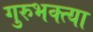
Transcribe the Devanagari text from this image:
गुरुभक्त्या